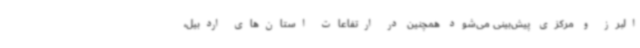
البرز و مرکزی پیش‌بینی می‌شود همچنین در ارتفاعات استان‌های اردبیل،